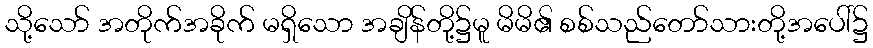
သို့သော် အတိုက်အခိုက် မရှိသော အချိန်တို့၌မူ မိမိ၏ စစ်သည်တော်သားတို့အပေါ်၌